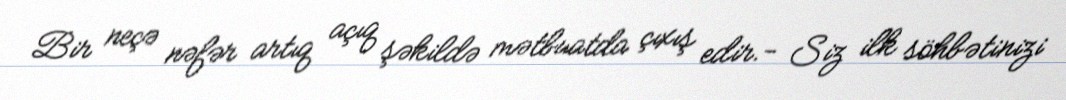
Bir neçə nəfər artıq açıq şəkildə mətbuatda çıxış edir.- Siz ilk söhbətinizi